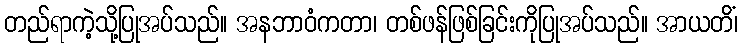
တည်ရာကဲ့သို့ပြုအပ်သည်။ အနဘာဝံကတာ၊ တစ်ဖန်ဖြစ်ခြင်းကိုပြုအပ်သည်။ အာယတိံ၊